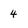
Character: 4